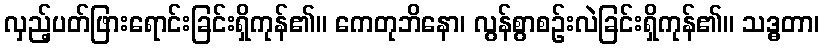
လှည့်ပတ်ဖြားရောင်းခြင်းရှိကုန်၏။ ကေတုဘိနော၊ လွန်စွာစဉ်းလဲခြင်းရှိကုန်၏။ သဒ္ဓတာ၊